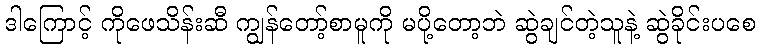
ဒါကြောင့် ကိုဖေသိန်းဆီ ကျွန်တော့်စာမူကို မပို့တော့ဘဲ ဆွဲချင်တဲ့သူနဲ့ ဆွဲခိုင်းပစေ